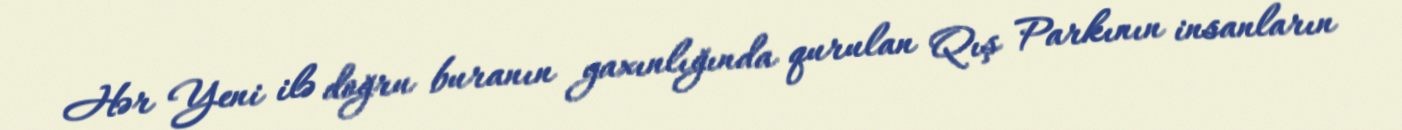
Hər Yeni ilə doğru buranın yaxınlığında qurulan Qış Parkının insanların